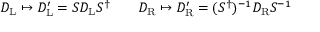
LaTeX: D _ { \mathrm { { L } } } \mapsto D _ { \mathrm { { L } } } ^ { \prime } = S D _ { \mathrm { { L } } } S ^ { \dagger } \qquad D _ { \mathrm { { R } } } \mapsto D _ { \mathrm { { R } } } ^ { \prime } = ( S ^ { \dagger } ) ^ { - 1 } D _ { \mathrm { { R } } } S ^ { - 1 }